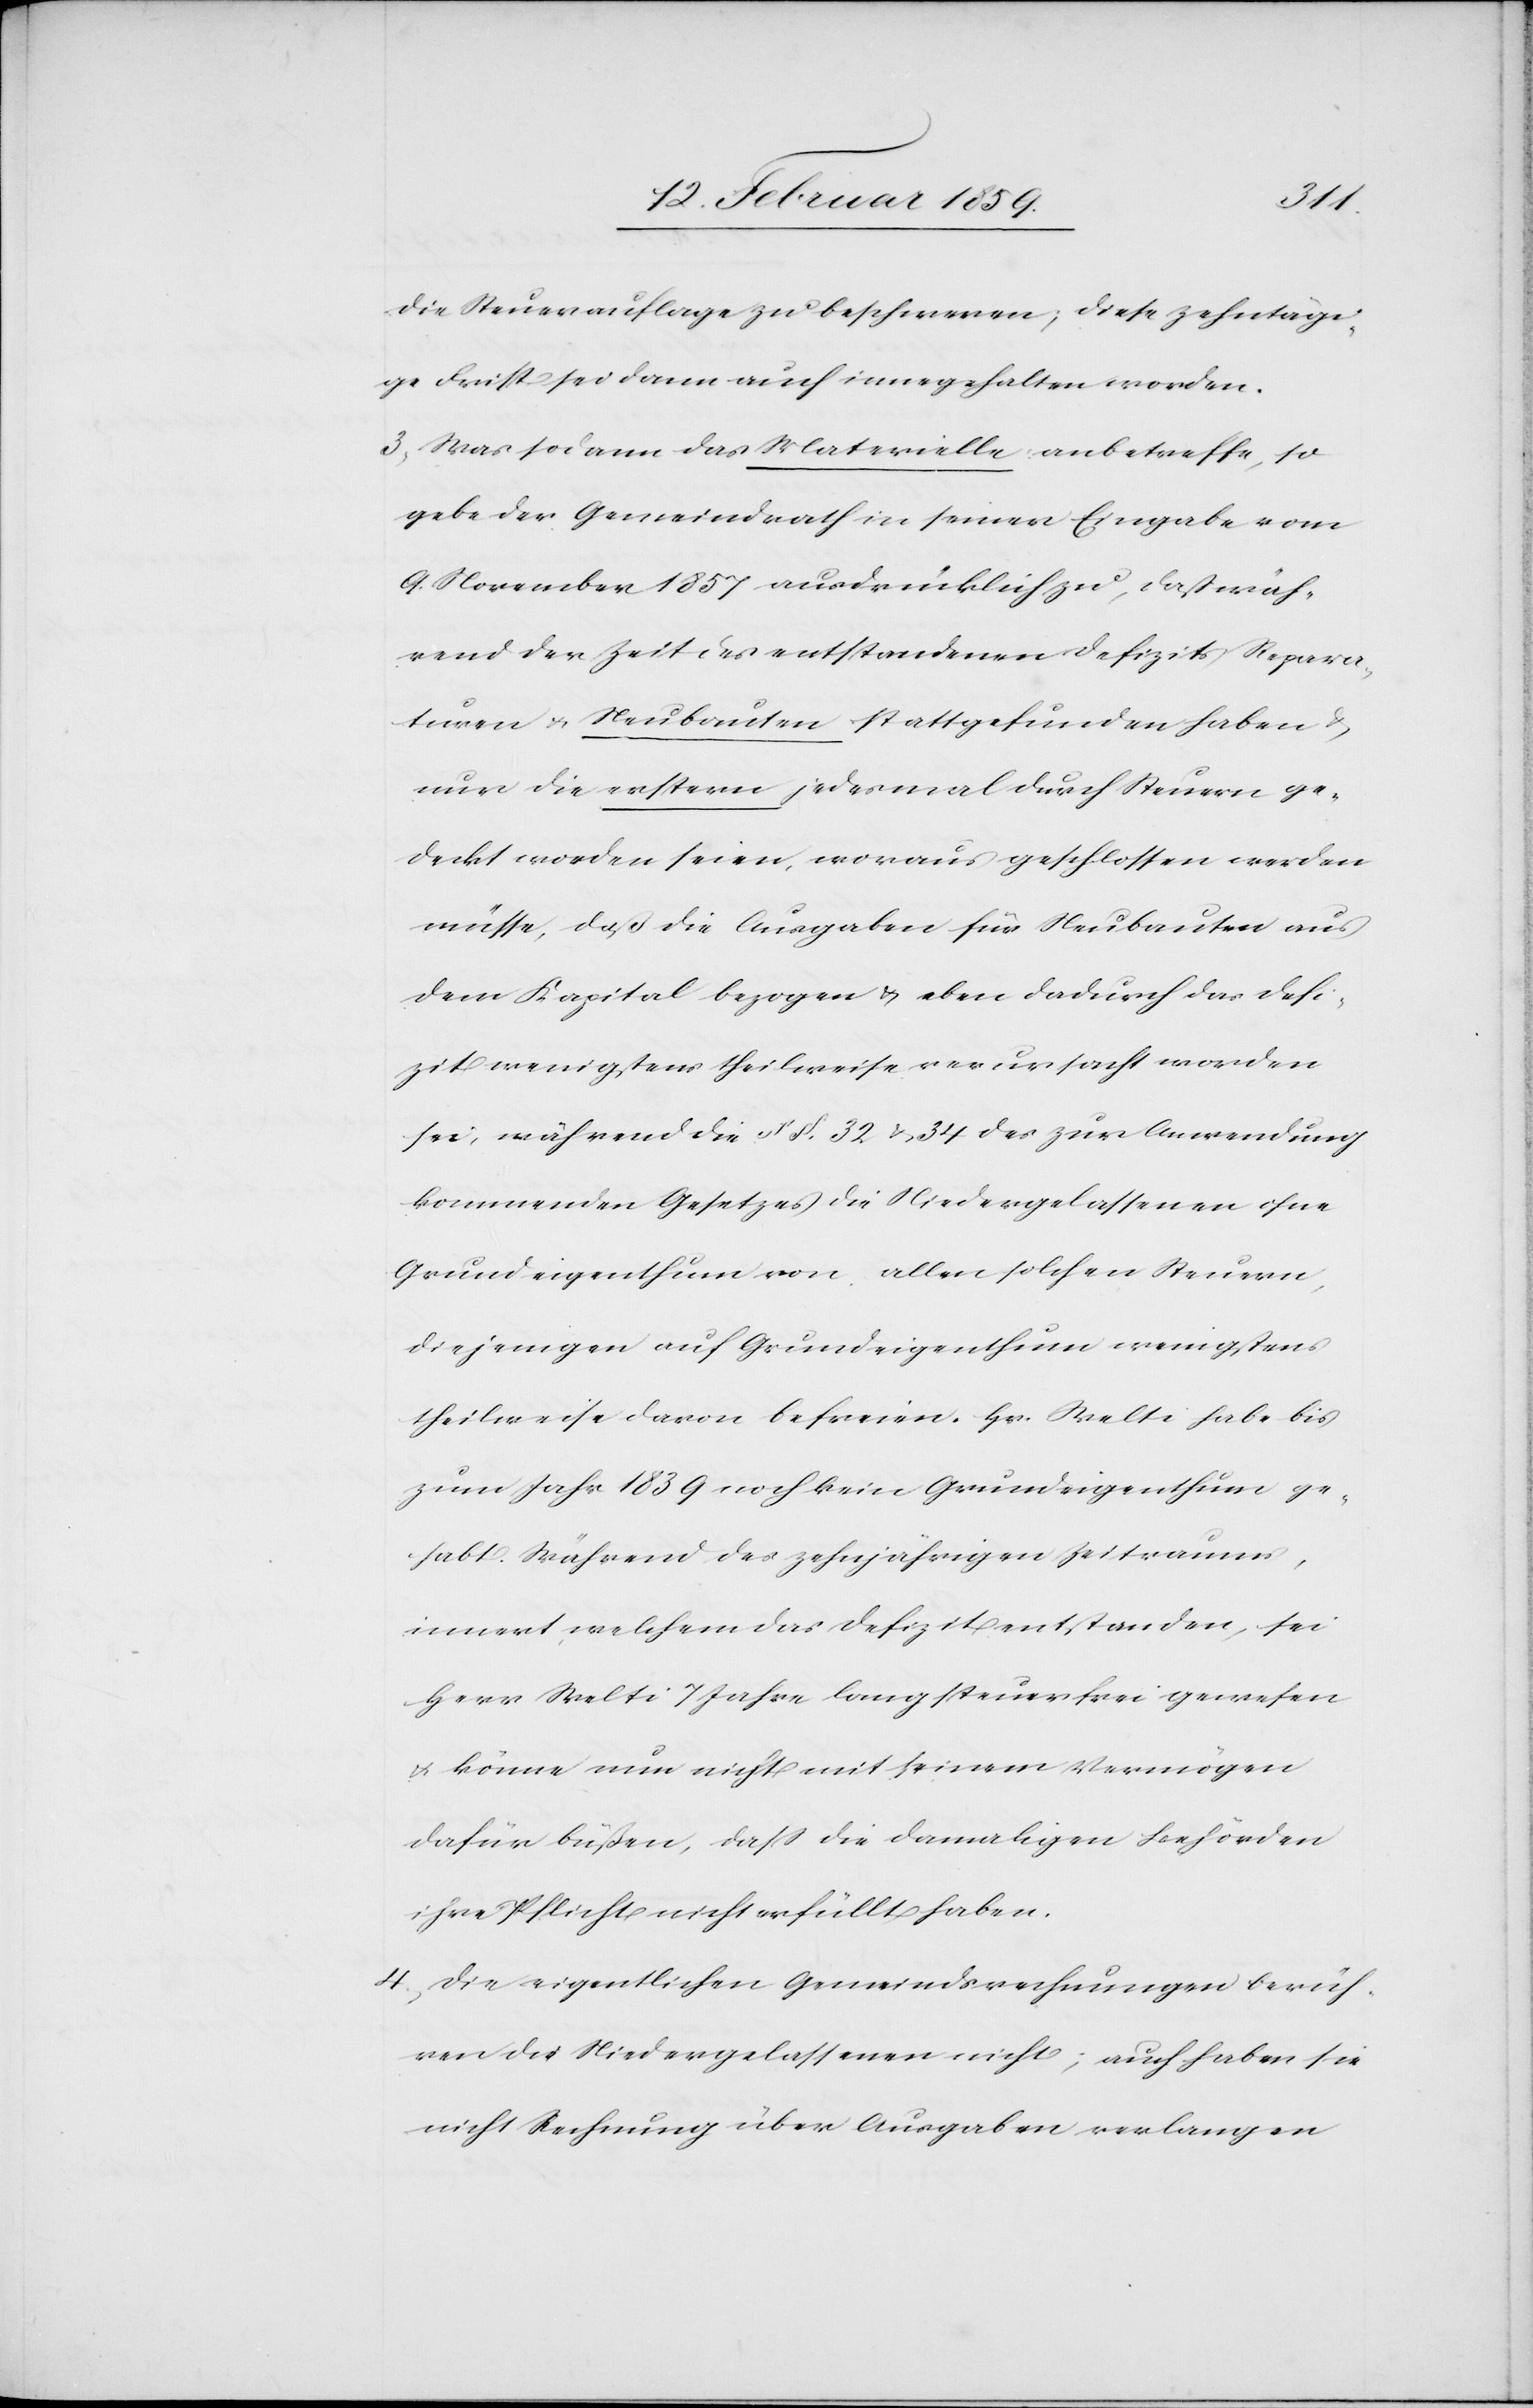
die Steuerauflage zu beschweren; diese zehntägi¬
ge Frist sei dann auch innegehalten worden.
3) Was sodann das Materielle anbetreffe, so
gebe der Gemeindrath in seiner Eingabe vom
9. November 1857 ausdrücklich zu, daß wäh¬
rend der Zeit des entstandenen Defizits Repara¬
turen u. Neubauten stattgefunden haben &
nur die erstern jedesmal durch Steuern ge¬
deckt worden seien, woraus geschlossen werden
müsse, daß die Ausgaben für Neubauten aus
dem Kapital bezogen & eben dadurch das Defi¬
zit wenigstens theilweise verursacht worden
sei, während die §§. 32 & 34 des zur Anwendung
kommenden Gesetzes die Niedergelassenen ohne
Grundeigenthum von allen solchen Steuern,
diejenigen auf Grundeigenthum wenigstens
theilweise davon befreien. Hr. Welti habe bis
zum Jahr 1839 noch kein Grundeigenthum ge¬
habt. Während des zehnjährigen Zeitraums,
innert welchem das Defizit entstanden, sei
Herr Welti 7 Jahre lang steuerfrei gewesen
u. könne nun nicht mit seinem Vermögen
dafür büßen, daß die damaligen Behörden
ihre Pflicht nicht erfüllt haben.
4) Die eigentlichen Gemeindsrechnungen berüh¬
ren die Niedergelassenen nicht; auch haben sie
nicht Rechnung über Ausgaben verlangen